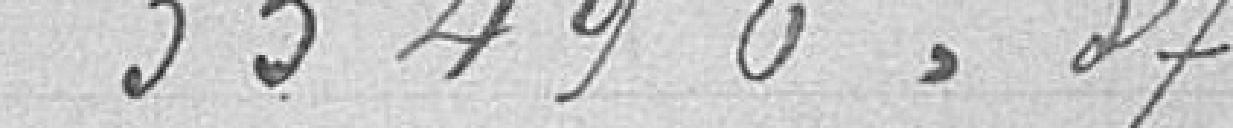
35 496,37